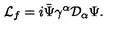
{ \cal L } _ { f } = i \bar { \Psi } \gamma ^ { \alpha } { \cal D } _ { \alpha } \Psi .